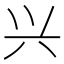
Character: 兴